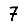
Digit: 7